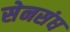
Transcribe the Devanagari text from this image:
सेनसंघ